Calcutta medical institutions reports 1892-1900
Year: 1892
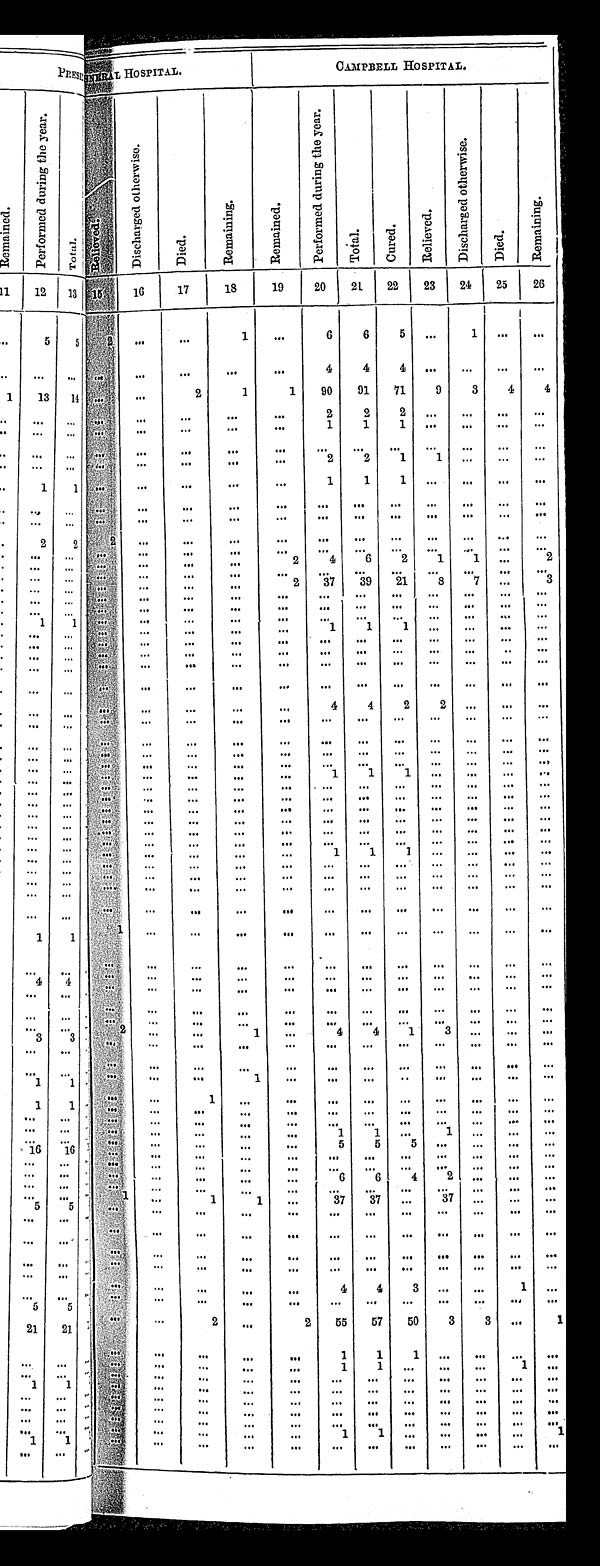
HOSPITAL.
CAMPBELL HOSPI TAL.
D i s c h a r g e d o t h e r w i s e .
D i e d .
R e m a i n i n g .
R e m a i n e d .
P e r f o r m e d d u r i n g t h e y e a r .
Tot al .
C u r e d .
R e l i e v e d .
D i s c h a r g e d o t h e r w i s e .
D i e d .
R e m a i n i n g .
1 6
1 7 18
1 9
20
2 1
2 2 23
24
2 5 26
1
6 6
5
1
4 4
4
2
1 1
90
9 1
7 1
9
3
4 4
2 2
2
1 1
1
2 2
1
1
1 1
1
2
4
6
2
1
1
2
2
37 39 21
8
7
3
1
1
1
4
4
2
2
1
1
1
1
1
1
1
4
4
1
3
1
1
1
1
1
5 5
5
6 6
4
2
1
1
37 37
3 7
4 4
3
1
2
2
5 5
57 50
3
3
1
1 1
1
1 1
1
1 1
1